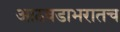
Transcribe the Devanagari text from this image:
आठवडाभरातच